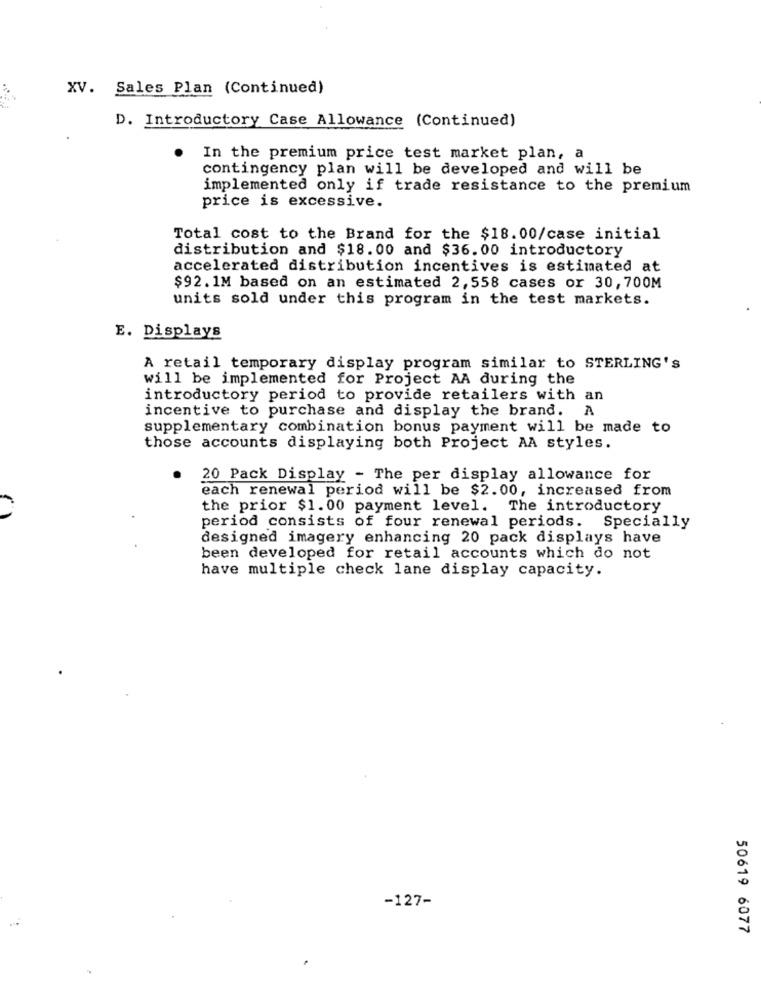
XV. Sales Plan (Continued)
D. Introductory Case Allowance (Continued)
In the premium price test market plan, a
contingency plan will be developed and will be
implemented only if trade resistance to the premium
price is excessive.
Total cost to the Brand for the $18.00/case initial
distribution and $18.00 and $36.00 introductory
accelerated distribution incentives is estimated at
$92.1M based on an estimated 2,558 cases or 30, 700M
units sold under this program in the test markets.
E. Displays
A retail temporary display program similar to STERLING'S
will be implemented for Project AA during the
introductory period to provide retailers with an
incentive to purchase and display the brand. A
supplementary combination bonus payment will be made to
those accounts displaying both Project AA styles.
20 Pack Display - The per display allowance for
each renewal period will be $2.00, increased from
the prior $1.00 payment level. The introductory
period consists of four renewal periods.
Specially
designed imagery enhancing 20 pack displays have
been developed for retail accounts which do not
have multiple check lane display capacity.
-127-
50619 6077